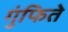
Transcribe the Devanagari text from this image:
गुंफिते